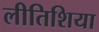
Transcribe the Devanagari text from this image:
लीतिशिया